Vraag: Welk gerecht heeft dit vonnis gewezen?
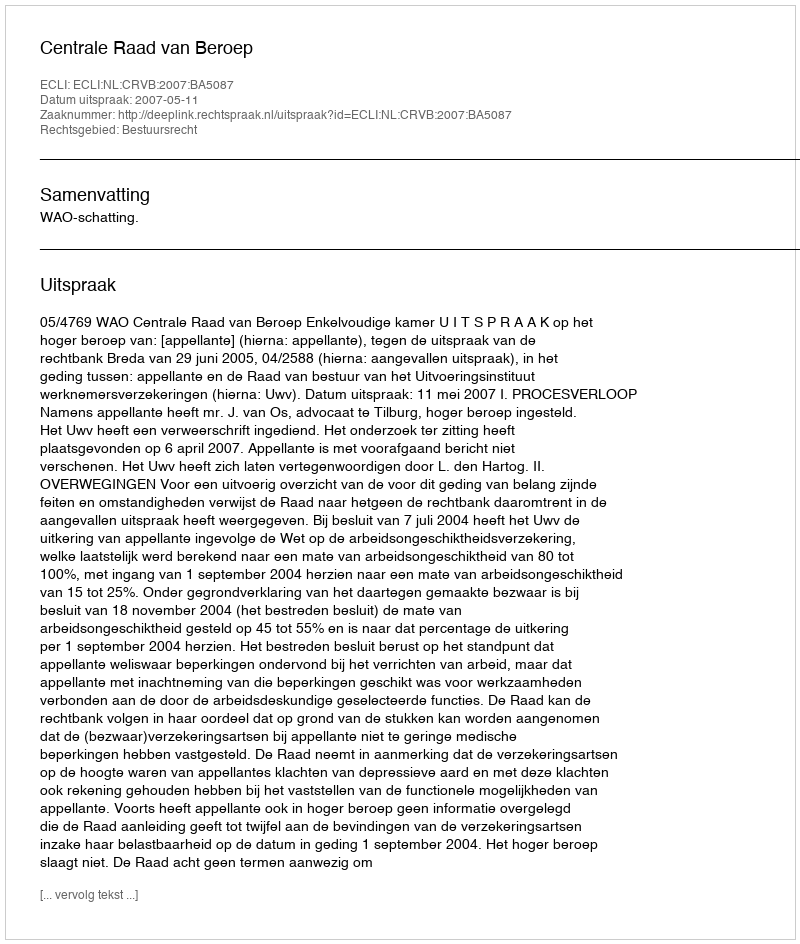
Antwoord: Centrale Raad van Beroep